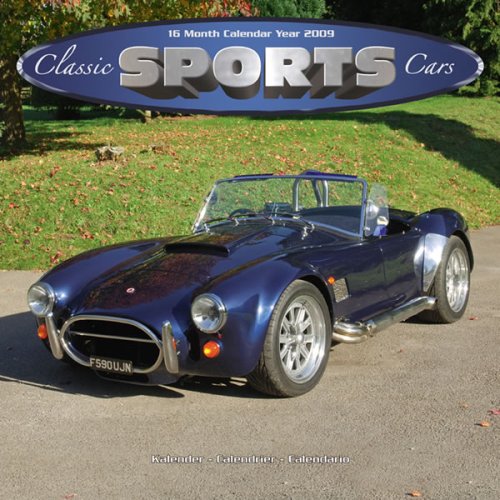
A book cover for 2009 Classic Sports Cars Wall Calendar; Avonside Publishing; Calendars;